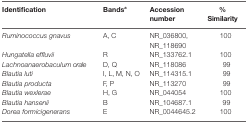
| Identification | Bandsa | Accession number | % Similarity |
 | --- | --- | --- | --- |
 | Ruminococcus gnavus | A, C | NR_036800, NR_118690 | 100 |
 | Hungatella effluvii | R | NR_133762.1 | 100 |
 | Lachnoanaerobaculum orale | D, Q | NR_118086 | 99 |
 | Blautia luti | I, L, M, N, O | NR_114315.1 | 99 |
 | Blautia producta | F, P | NR_113270 | 99 |
 | Blautia wexlerae | H, G | NR_044054 | 100 |
 | Blautia hansenii | B | NR_104687.1 | 99 |
 | Dorea formicigenerans | E | NR_0044645.2 | 100 |